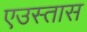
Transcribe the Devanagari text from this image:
एउस्तास